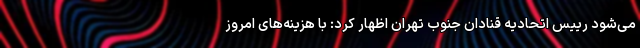
می‌شود رییس اتحادیه قنادان جنوب تهران اظهار کرد: با هزینه‌های امروز